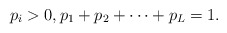
\begin{align*} p_i >0,p_1+p_2+\cdots+p_L=1. \end{align*}